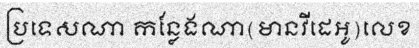
ប្រទេសណា កន្លែងណា(មានវីដេអូ)លេខ